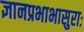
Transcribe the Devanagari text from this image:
ज्ञानप्रभाभासुराः